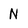
Character: N